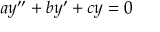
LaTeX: a y ^ { \prime \prime } + b y ^ { \prime } + c y = 0